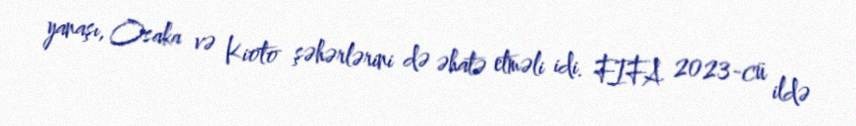
yanaşı, Osaka və Kioto şəhərlərini də əhatə etməli idi. FIFA 2023-cü ildə